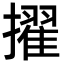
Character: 擢